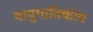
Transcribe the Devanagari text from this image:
वायुगातिकीय